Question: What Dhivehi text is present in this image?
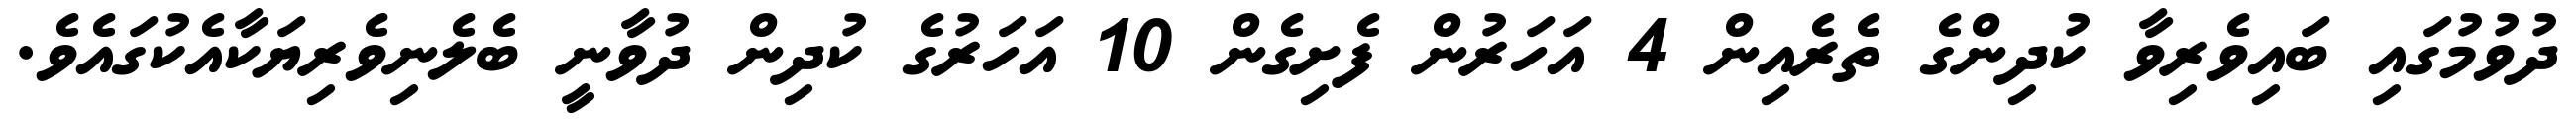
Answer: ދުވުމުގައި ބައިވެރިވާ ކުދިންގެ ތެރެއިން 4 އަހަރުން ފެށިގެން 10 އަހަރުގެ ކުދިން ދުވާނީ ބެލެނިވެރިޔަކާއެކުގައެވެ.